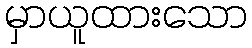
မှာယူထားသော